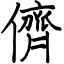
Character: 儕